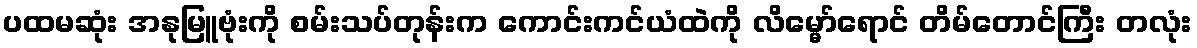
ပထမဆုံး အနုမြူဗုံးကို စမ်းသပ်တုန်းက ကောင်းကင်ယံထဲကို လိမ္မော်ရောင် တိမ်တောင်ကြီး တလုံး